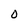
Character: 0